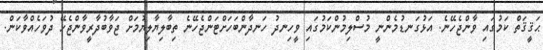
ޙަޤީޤަތް ކަމުގައި ވާންޖެހޭނެ. އަޅުގަނޑުމެންނީ މުސްލިމުންކަމުގައި ވީހިނދު ހަނދާންބަހަށްޓަންޖެހޭނެ ތިބާލިޔާލިޔުމަށް ޖަވާބުދާރީވާންޖެހޭ ދުވަހެއްވާކަން.